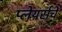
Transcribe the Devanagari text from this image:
प्लेयर्सचे